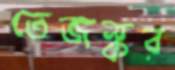
তেজস্কর